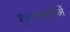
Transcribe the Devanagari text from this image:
शुल्बसूत्रौंमें